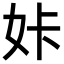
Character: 𡛨